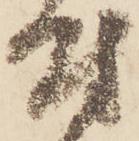
付